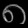
Digit: ၈